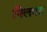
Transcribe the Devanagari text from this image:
निलमत